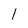
Character: 1